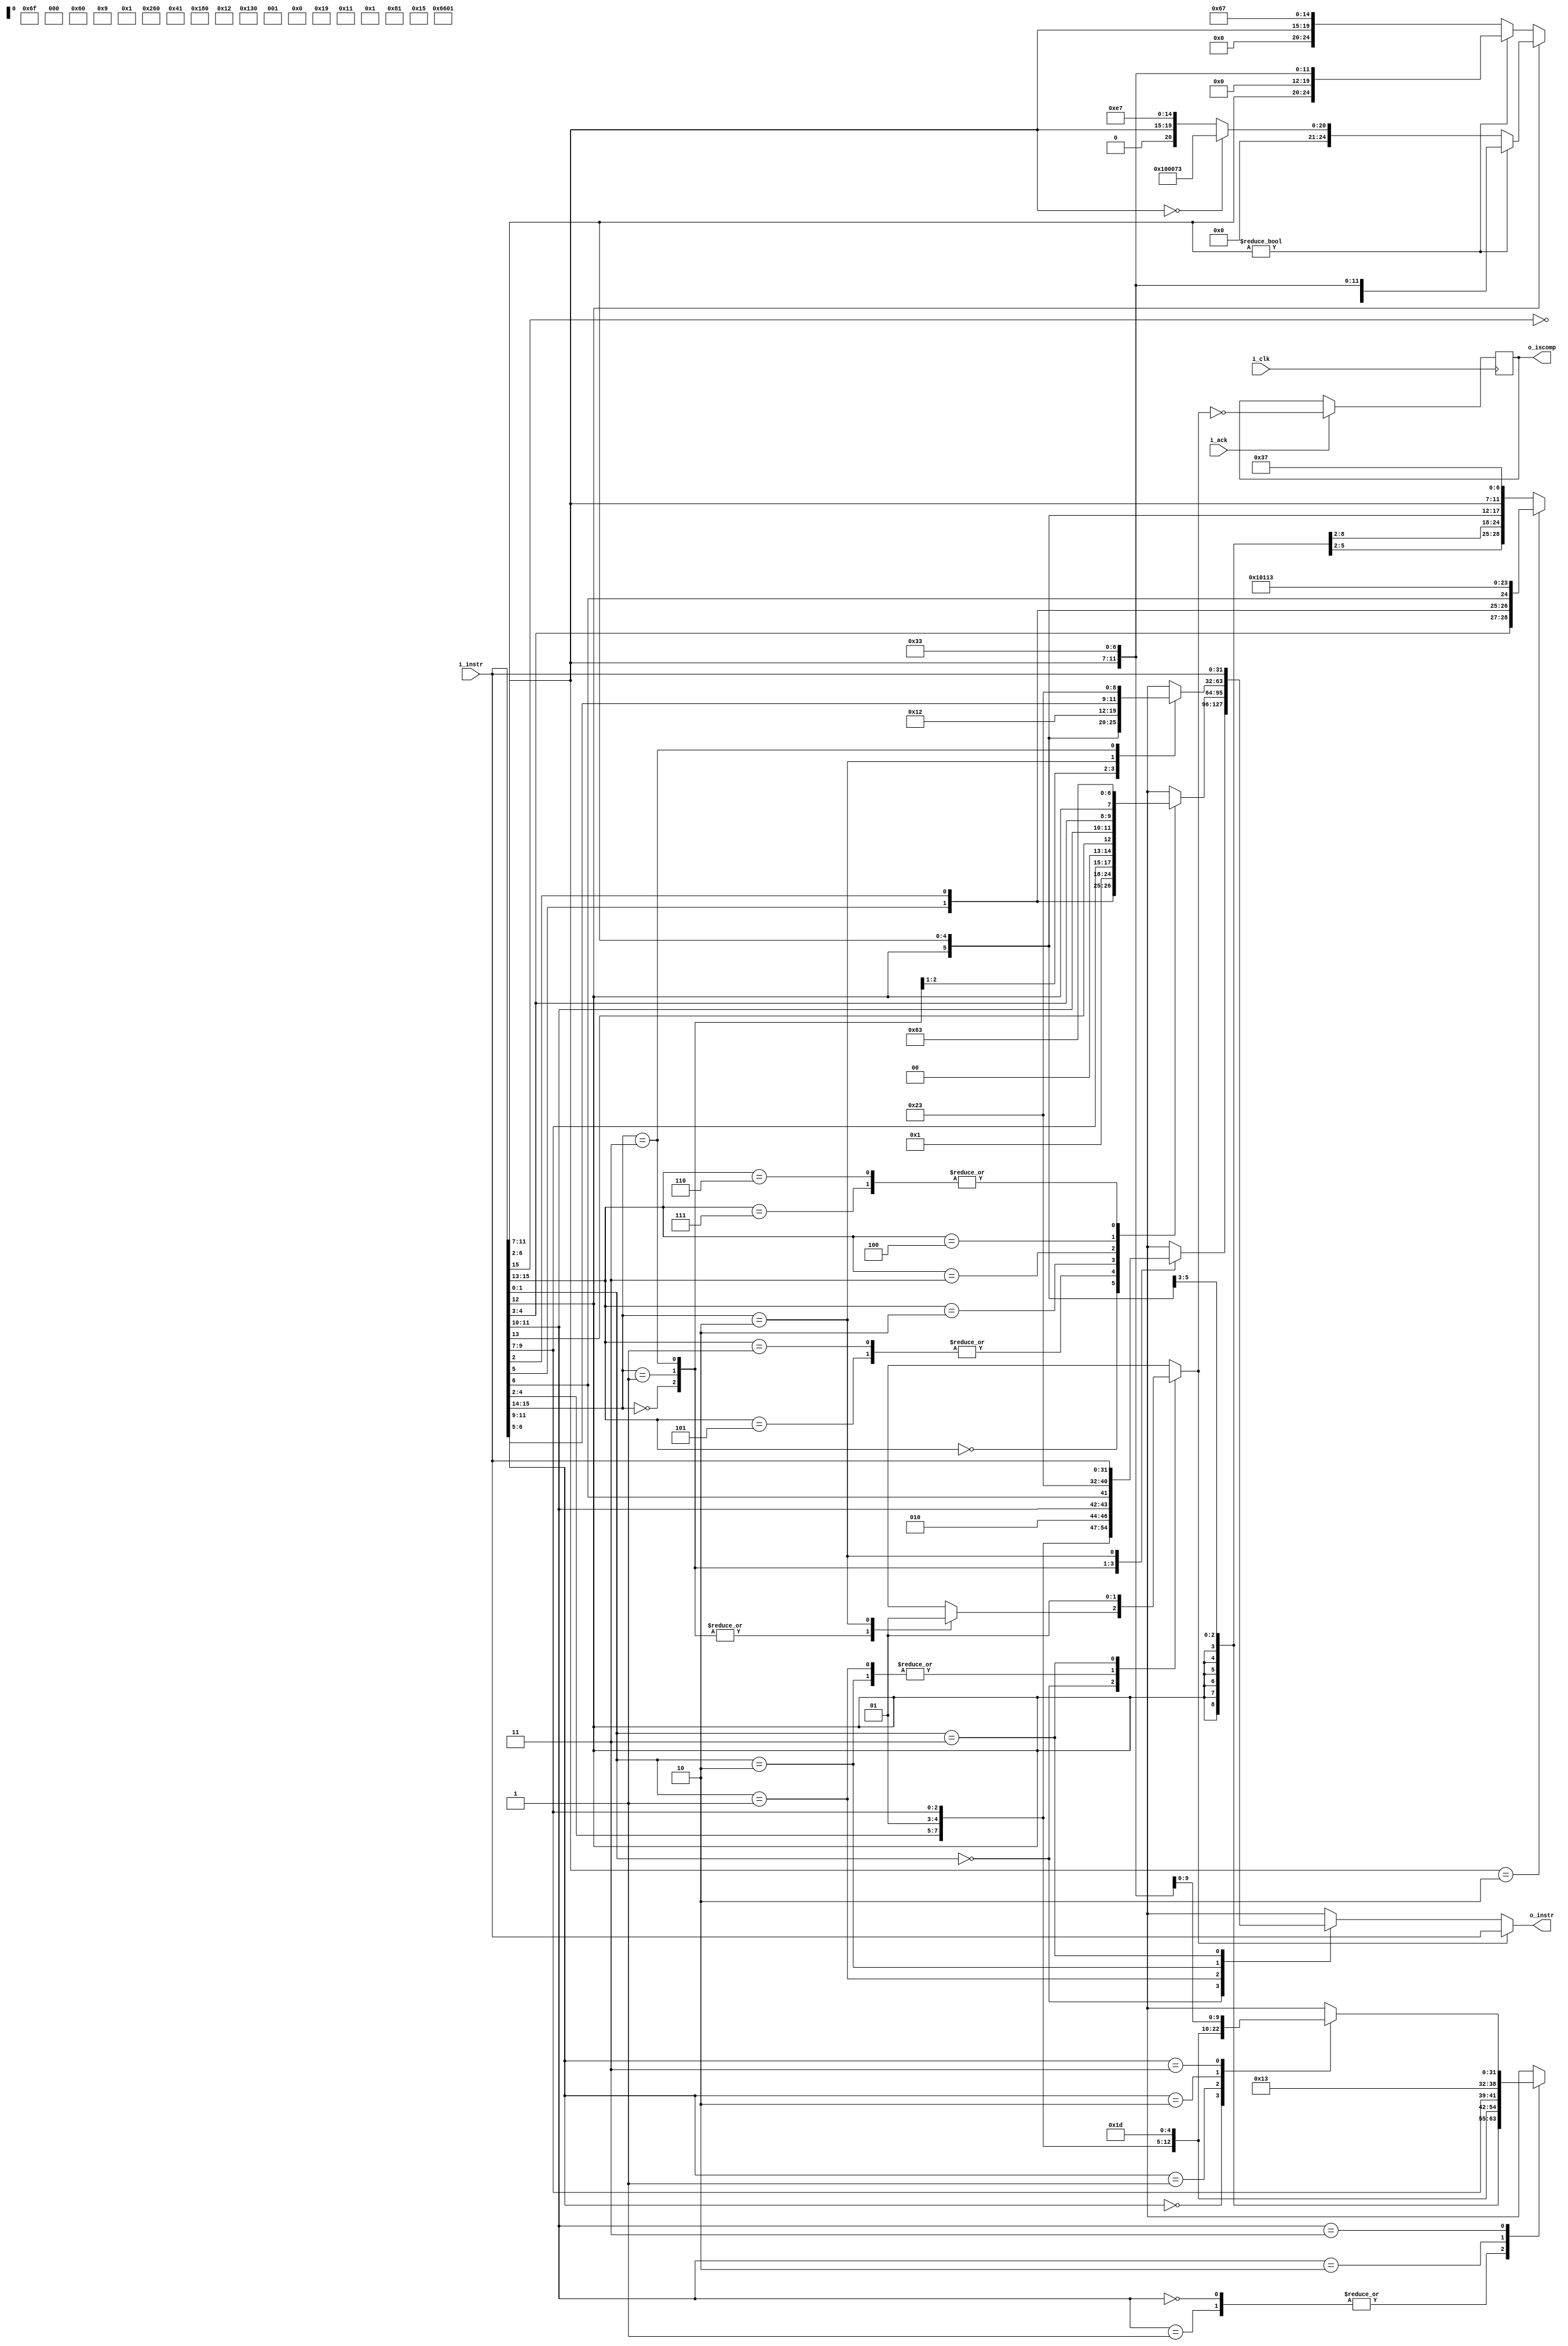
/* Copyright lowRISC contributors.
Copyright 2018 ETH Zurich and University of Bologna, see also CREDITS.md.
Licensed under the Apache License, Version 2.0, see LICENSE for details.
SPDX-License-Identifier: Apache-2.0

* Adapted to SERV by @Abdulwadoodd as part of the project under spring '22 LFX Mentorship program */

/* Decodes RISC-V compressed instructions into their RV32i equivalent. */

module serv_compdec
  (
   input wire i_clk,
   input  wire [31:0] i_instr,
   input  wire i_ack,
   output wire [31:0] o_instr,
   output reg o_iscomp);

  localparam OPCODE_LOAD     = 7'h03;
  localparam OPCODE_OP_IMM   = 7'h13;
  localparam OPCODE_STORE    = 7'h23;
  localparam OPCODE_OP       = 7'h33;
  localparam OPCODE_LUI      = 7'h37;
  localparam OPCODE_BRANCH   = 7'h63;
  localparam OPCODE_JALR     = 7'h67;
  localparam OPCODE_JAL      = 7'h6f;

  reg  [31:0] comp_instr;
  reg  illegal_instr;

  assign o_instr = illegal_instr ? i_instr : comp_instr;

  always @(posedge i_clk) begin
    if(i_ack)
      o_iscomp <= !illegal_instr;
  end

  always @ (*) begin
    // By default, forward incoming instruction, mark it as legal.
    comp_instr    = i_instr;
    illegal_instr = 1'b0;

    // Check if incoming instruction is compressed.
    case (i_instr[1:0])
      // C0
      2'b00: begin
        case (i_instr[15:14])
          2'b00: begin
            // c.addi4spn -> addi rd', x2, imm
            comp_instr = {2'b0, i_instr[10:7], i_instr[12:11], i_instr[5],
                      i_instr[6], 2'b00, 5'h02, 3'b000, 2'b01, i_instr[4:2], {OPCODE_OP_IMM}};
          end

          2'b01: begin
            // c.lw -> lw rd', imm(rs1')
            comp_instr = {5'b0, i_instr[5], i_instr[12:10], i_instr[6],
                      2'b00, 2'b01, i_instr[9:7], 3'b010, 2'b01, i_instr[4:2], {OPCODE_LOAD}};
          end

          2'b11: begin
            // c.sw -> sw rs2', imm(rs1')
            comp_instr = {5'b0, i_instr[5], i_instr[12], 2'b01, i_instr[4:2],
                      2'b01, i_instr[9:7], 3'b010, i_instr[11:10], i_instr[6],
                      2'b00, {OPCODE_STORE}};
          end

          2'b10: begin
            illegal_instr = 1'b1;
          end

        endcase
      end

      // C1

      // Register address checks for RV32E are performed in the regular instruction decoder.
      // If this check fails, an illegal instruction exception is triggered and the controller
      // writes the actual faulting instruction to mtval.
      2'b01: begin
        case (i_instr[15:13])
          3'b000: begin
            // c.addi -> addi rd, rd, nzimm
            // c.nop
            comp_instr = {{6 {i_instr[12]}}, i_instr[12], i_instr[6:2],
                      i_instr[11:7], 3'b0, i_instr[11:7], {OPCODE_OP_IMM}};
          end

          3'b001, 3'b101: begin
            // 001: c.jal -> jal x1, imm
            // 101: c.j   -> jal x0, imm
            comp_instr = {i_instr[12], i_instr[8], i_instr[10:9], i_instr[6],
                      i_instr[7], i_instr[2], i_instr[11], i_instr[5:3],
                      {9 {i_instr[12]}}, 4'b0, ~i_instr[15], {OPCODE_JAL}};
          end

          3'b010: begin
            // c.li -> addi rd, x0, nzimm
            // (c.li hints are translated into an addi hint)
            comp_instr = {{6 {i_instr[12]}}, i_instr[12], i_instr[6:2], 5'b0,
                      3'b0, i_instr[11:7], {OPCODE_OP_IMM}};
          end

          3'b011: begin
            // c.lui -> lui rd, imm
            // (c.lui hints are translated into a lui hint)
            comp_instr = {{15 {i_instr[12]}}, i_instr[6:2], i_instr[11:7], {OPCODE_LUI}};

            if (i_instr[11:7] == 5'h02) begin
              // c.addi16sp -> addi x2, x2, nzimm
              comp_instr = {{3 {i_instr[12]}}, i_instr[4:3], i_instr[5], i_instr[2],
                        i_instr[6], 4'b0, 5'h02, 3'b000, 5'h02, {OPCODE_OP_IMM}};
            end

          end

          3'b100: begin
            case (i_instr[11:10])
              2'b00,
              2'b01: begin
                // 00: c.srli -> srli rd, rd, shamt
                // 01: c.srai -> srai rd, rd, shamt
                // (c.srli/c.srai hints are translated into a srli/srai hint)
                comp_instr = {1'b0, i_instr[10], 5'b0, i_instr[6:2], 2'b01, i_instr[9:7],
                          3'b101, 2'b01, i_instr[9:7], {OPCODE_OP_IMM}};
              end

              2'b10: begin
                // c.andi -> andi rd, rd, imm
                comp_instr = {{6 {i_instr[12]}}, i_instr[12], i_instr[6:2], 2'b01, i_instr[9:7],
                          3'b111, 2'b01, i_instr[9:7], {OPCODE_OP_IMM}};
              end

              2'b11: begin
                case (i_instr[6:5])
                  2'b00: begin
                    // c.sub -> sub rd', rd', rs2'
                    comp_instr = {2'b01, 5'b0, 2'b01, i_instr[4:2], 2'b01, i_instr[9:7],
                                  3'b000, 2'b01, i_instr[9:7], {OPCODE_OP}};
                  end

                  2'b01: begin
                    // c.xor -> xor rd', rd', rs2'
                    comp_instr = {7'b0, 2'b01, i_instr[4:2], 2'b01, i_instr[9:7], 3'b100,
                              2'b01, i_instr[9:7], {OPCODE_OP}};
                  end

                  2'b10: begin
                    // c.or  -> or  rd', rd', rs2'
                    comp_instr = {7'b0, 2'b01, i_instr[4:2], 2'b01, i_instr[9:7], 3'b110,
                              2'b01, i_instr[9:7], {OPCODE_OP}};
                  end

                  2'b11: begin
                    // c.and -> and rd', rd', rs2'
                    comp_instr = {7'b0, 2'b01, i_instr[4:2], 2'b01, i_instr[9:7], 3'b111,
                              2'b01, i_instr[9:7], {OPCODE_OP}};
                  end
                endcase
              end
            endcase
          end

          3'b110, 3'b111: begin
            // 0: c.beqz -> beq rs1', x0, imm
            // 1: c.bnez -> bne rs1', x0, imm
            comp_instr = {{4 {i_instr[12]}}, i_instr[6:5], i_instr[2], 5'b0, 2'b01,
                      i_instr[9:7], 2'b00, i_instr[13], i_instr[11:10], i_instr[4:3],
                      i_instr[12], {OPCODE_BRANCH}};
          end
        endcase
      end

      // C2

      // Register address checks for RV32E are performed in the regular instruction decoder.
      // If this check fails, an illegal instruction exception is triggered and the controller
      // writes the actual faulting instruction to mtval.
      2'b10: begin
        case (i_instr[15:14])
          2'b00: begin
            // c.slli -> slli rd, rd, shamt
            // (c.ssli hints are translated into a slli hint)
            comp_instr = {7'b0, i_instr[6:2], i_instr[11:7], 3'b001, i_instr[11:7], {OPCODE_OP_IMM}};
          end

          2'b01: begin
            // c.lwsp -> lw rd, imm(x2)
            comp_instr = {4'b0, i_instr[3:2], i_instr[12], i_instr[6:4], 2'b00, 5'h02,
                      3'b010, i_instr[11:7], OPCODE_LOAD};
          end

          2'b10: begin
            if (i_instr[12] == 1'b0) begin
              if (i_instr[6:2] != 5'b0) begin
                // c.mv -> add rd/rs1, x0, rs2
                // (c.mv hints are translated into an add hint)
                comp_instr = {7'b0, i_instr[6:2], 5'b0, 3'b0, i_instr[11:7], {OPCODE_OP}};
              end else begin
                // c.jr -> jalr x0, rd/rs1, 0
                comp_instr = {12'b0, i_instr[11:7], 3'b0, 5'b0, {OPCODE_JALR}};
              end
            end else begin
              if (i_instr[6:2] != 5'b0) begin
                // c.add -> add rd, rd, rs2
                // (c.add hints are translated into an add hint)
                comp_instr = {7'b0, i_instr[6:2], i_instr[11:7], 3'b0, i_instr[11:7], {OPCODE_OP}};
              end else begin
                if (i_instr[11:7] == 5'b0) begin
                  // c.ebreak -> ebreak
                  comp_instr = {32'h00_10_00_73};
                end else begin
                  // c.jalr -> jalr x1, rs1, 0
                  comp_instr = {12'b0, i_instr[11:7], 3'b000, 5'b00001, {OPCODE_JALR}};
                end
              end
            end
          end

          2'b11: begin
            // c.swsp -> sw rs2, imm(x2)
            comp_instr = {4'b0, i_instr[8:7], i_instr[12], i_instr[6:2], 5'h02, 3'b010,
                      i_instr[11:9], 2'b00, {OPCODE_STORE}};
          end
        endcase
      end

      // Incoming instruction is not compressed.
      2'b11: illegal_instr = 1'b1;

    endcase
  end

  endmodule